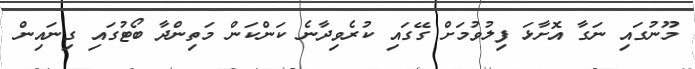
މޫނުގައި ނަގާ އޮށާޅަ ފިލުވުމަށް ގޭގައި ކުރެވިދާނެ ކަންކަން މަތިންދާ ބޯޓުގައި ގިނައިން